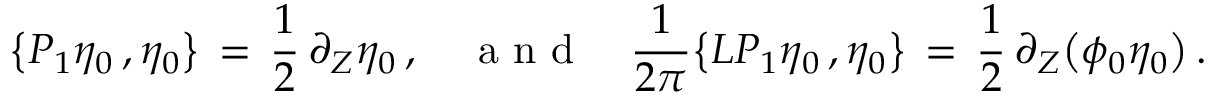
\bigl \{ P _ { 1 } \eta _ { 0 } \, , \eta _ { 0 } \bigr \} \, = \, \frac 1 2 \, \partial _ { Z } \eta _ { 0 } \, , \quad \mathrm { ~ a ~ n ~ d ~ } \quad \frac { 1 } { 2 \pi } \bigl \{ L P _ { 1 } \eta _ { 0 } \, , \eta _ { 0 } \bigr \} \, = \, \frac { 1 } { 2 } \, \partial _ { Z } \bigl ( \phi _ { 0 } \eta _ { 0 } \bigr ) \, .